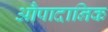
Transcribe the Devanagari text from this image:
औपादानिक